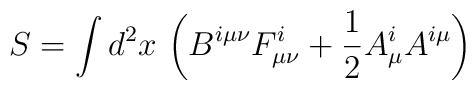
S = \int d^2x\, \left(B^{i\mu\nu}F^i_{\mu\nu}+\frac{1}{2}A_\mu^i A^{i\mu}\right)